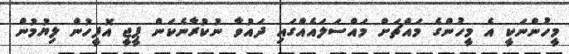
މީހުންނަކީ އެ މީހުންގެ މައްޗަށް މައްސަލައެއްގައި ދައުވާ ނުކުރާނެކަން ޕީޖީ އޮފީހުން ލިޔުމުން